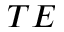
T E